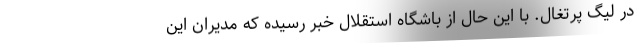
در لیگ پرتغال. با این حال از باشگاه استقلال خبر رسیده که مدیران این